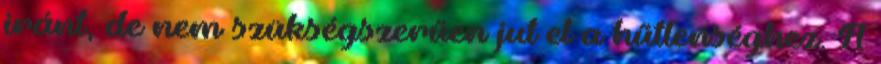
iránt, de nem szükségszerűen jut el a hűtlenséghez. A